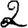
Digit: 2